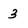
Character: 3